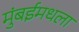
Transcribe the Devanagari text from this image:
मुंबईमधला